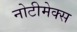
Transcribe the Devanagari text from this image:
नोटीमेक्स